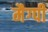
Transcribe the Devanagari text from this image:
मैग्पी